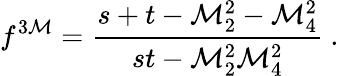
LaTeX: f^{3\mathcal{M}}=\frac{{s+t-\mathcal{M}_{2}^{2}-\mathcal{M}_{4}^{2}}}{{st-\mathcal{M}_{2}^{2}\mathcal{M}_{4}^{2}}}~.